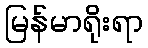
မြန်မာရိုးရာ